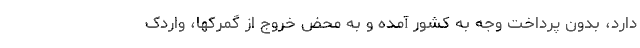
دارد، بدون پرداخت وجه به کشور آمده و به محض خروج از گمرکها، واردک